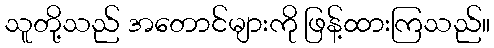
သူတို့သည် အတောင်များကို ဖြန့်ထားကြသည်။